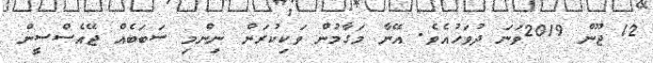
12 ޖޫން 2019ވަނަ ދުވަހުއެވެ. އޭނާ މަގާމުން ވަކިކުރަން ނިންމި ސަބަބެއް ޖޭއެސްސީން